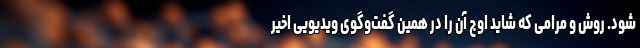
شود. روش و مرامی که شاید اوج آن را در همین گفت‌وگوی ویدیویی اخیر